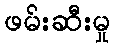
ဖမ်းဆီးမှု